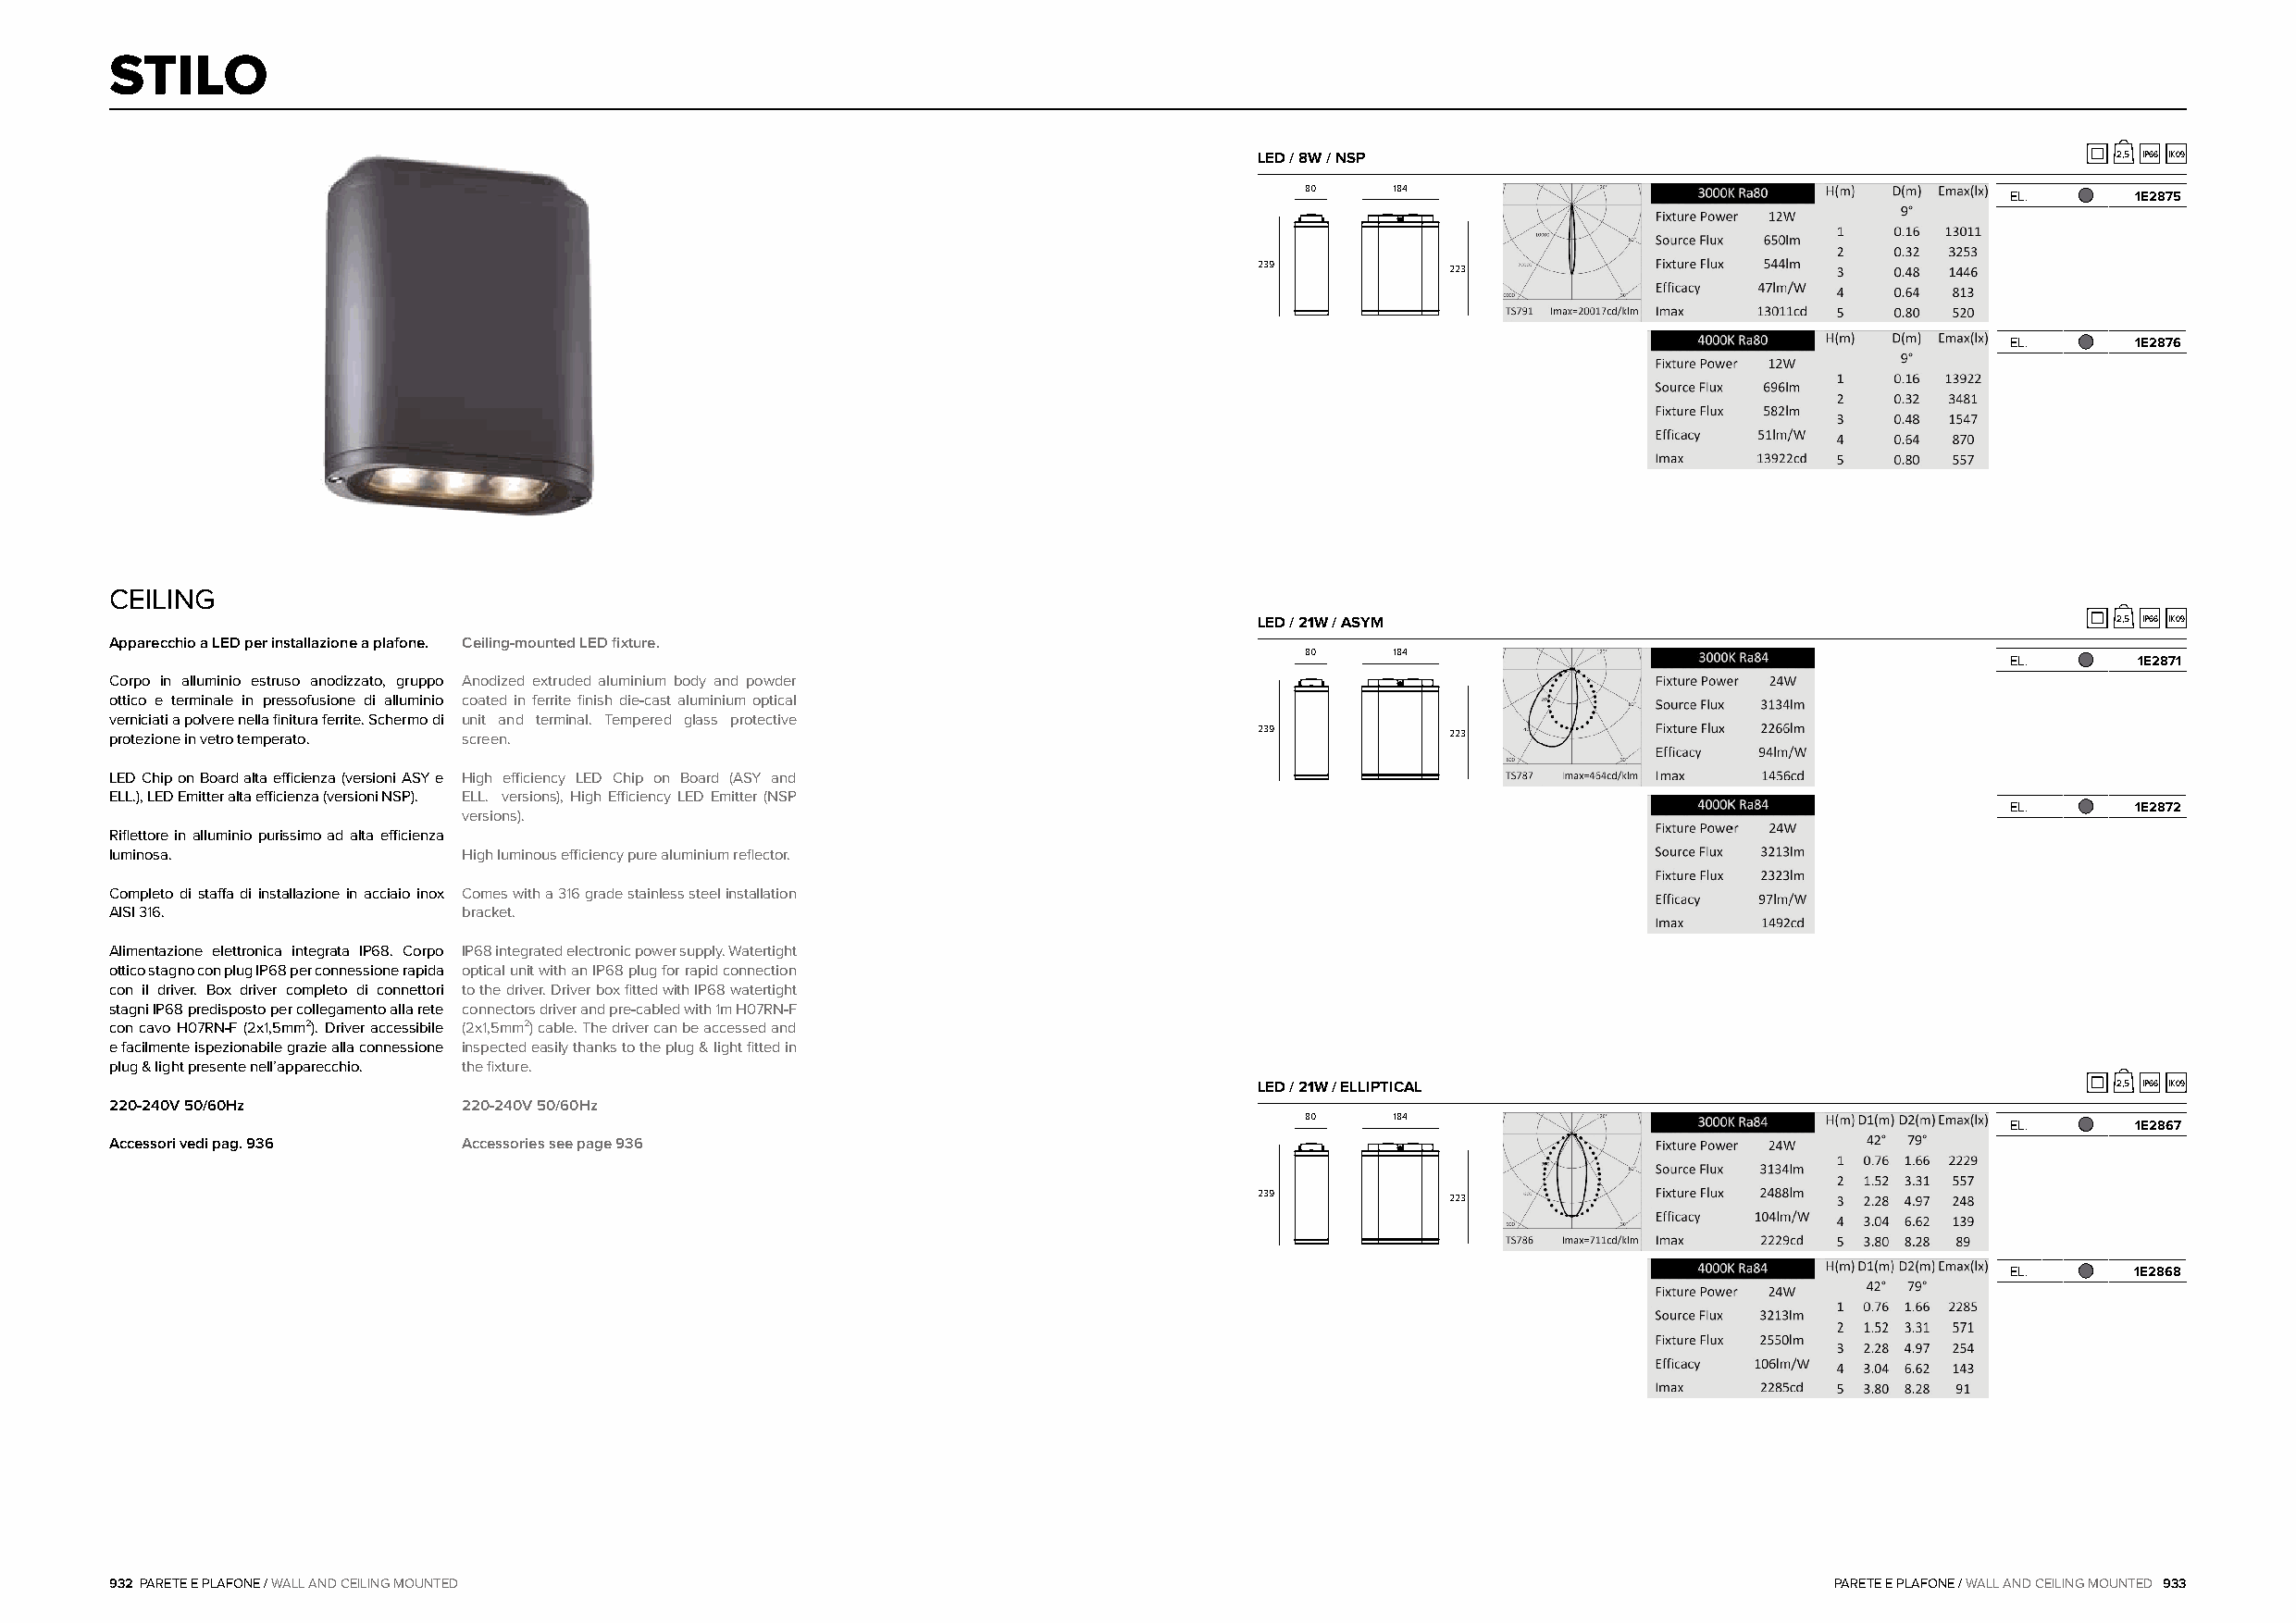
STILO
 LED / 8W / NSP                                               2,5 IP66 IK09
 80     184
 EL.      1E2875
 239           223
 EL.      1E2876
 CEILING
 LED / 21W / ASYM                                             2,5 IP66 IK09
 Apparecchio a LED per installazione a plafone. Ceiling-mounted LED fixture.
 80     184
 EL.      1E2871
 Corpo in alluminio estruso anodizzato, gruppo Anodized extruded aluminium body and powder
 ottico e terminale in pressofusione di alluminio coated in ferrite finish die-cast aluminium optical
 verniciati a polvere nella finitura ferrite. Schermo di unit and terminal. Tempered glass protective
 protezione in vetro temperato. screen.                                            239           223
 LED Chip on Board alta efficienza (versioni ASY e High efficiency LED Chip on Board (ASY and
 ELL.), LED Emitter alta efficienza (versioni NSP). ELL. versions), High Efficiency LED Emitter (NSP
 EL.      1E2872
 versions).
 Riflettore in alluminio purissimo ad alta efficienza
 luminosa.                High luminous efficiency pure aluminium reflector.
 Completo di staffa di installazione in acciaio inox Comes with a 316 grade stainless steel installation
 AISI 316.                bracket.
 Alimentazione elettronica integrata IP68. Corpo IP68 integrated electronic power supply. Watertight
 ottico stagno con plug IP68 per connessione rapida optical unit with an IP68 plug for rapid connection
 con il driver. Box driver completo di connettori to the driver. Driver box fitted with IP68 watertight
 stagni IP68 predisposto per collegamento alla rete connectors driver and pre-cabled with 1m H07RN-F
 con cavo H07RN-F (2x1,5mm²). Driver accessibile (2x1,5mm²) cable. The driver can be accessed and
 e facilmente ispezionabile grazie alla connessione inspected easily thanks to the plug & light fitted in
 plug & light presente nell’apparecchio. the fixture.
 LED / 21W / ELLIPTICAL                                       2,5 IP66 IK09
 220-240V 50/60Hz         220-240V 50/60Hz
 80     184
 EL.      1E2867
 Accessori vedi pag. 936  Accessories see page 936
 239           223
 EL.      1E2868
 932 PARETE E PLAFONE / WALL AND CEILING MOUNTED                                                                            PARETE E PLAFONE / WALL AND CEILING MOUNTED 933